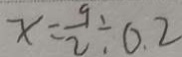
x = \frac { 9 } { 2 } \div 0 . 2